Leprosy in India: report of the Leprosy Commission in India, 1890-91
Year: 1890
Disease focus: Leprosy
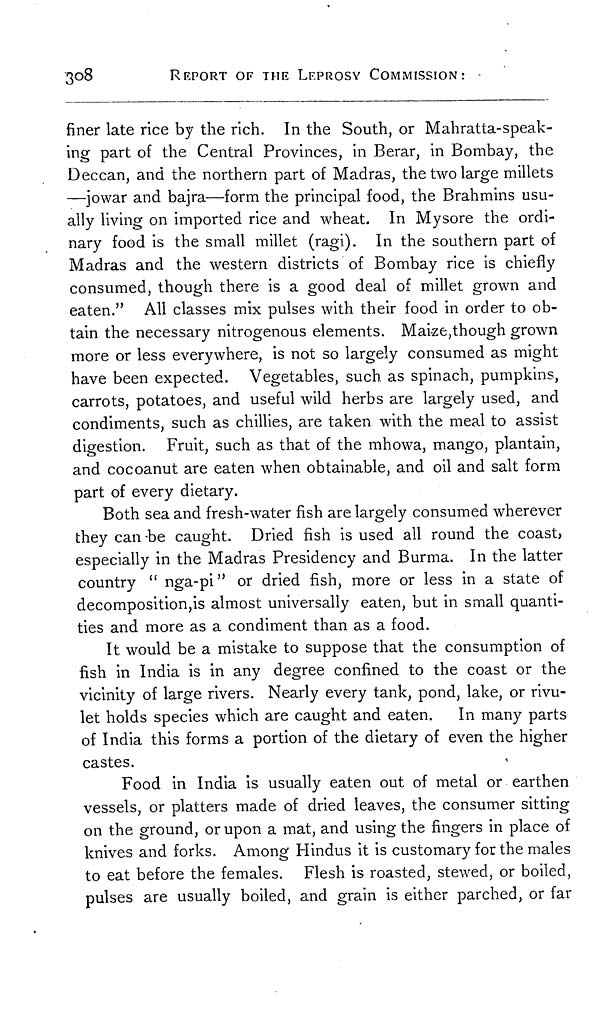
308
REPORT OF THE LEPROSY COMMISSION:
finer late rice by the rich. In the South, or Mahratta-speak-
ing part of the Central Provinces, in Berar, in Bombay, the
Deccan, and the northern part of Madras, the two large millets
—jowar and bajra—form the principal food, the Brahmins usu-
ally living on imported rice and wheat. In Mysore the ordi-
nary food is the small millet (ragi). In the southern part of
Madras and the western districts of Bombay rice is chiefly
consumed, though there is a good deal of millet grown and
eaten." All classes mix pulses with their food in order to ob-
tain the necessary nitrogenous elements. Maize, though grown
more or less everywhere, is not so largely consumed as might
have been expected. Vegetables, such as spinach, pumpkins,
carrots, potatoes, and useful wild herbs are largely used, and
condiments, such as chillies, are taken with the meal to assist
digestion. Fruit, such as that of the mhowa, mango, plantain,
and cocoanut are eaten when obtainable, and oil and salt form
part of every dietary.
Both sea and fresh-water fish are largely consumed wherever
they can be caught. Dried fish is used all round the coast>
especially in the Madras Presidency and Burma. In the latter
country " nga-pi " or dried fish, more or less in a state of
decomposition, is almost universally eaten, but in small quanti-
ties and more as a condiment than as a food.
It would be a mistake to suppose that the consumption of
fish in India is in any degree confined to the coast or the
vicinity of large rivers. Nearly every tank, pond, lake, or rivu-
let holds species which are caught and eaten. In many parts
of India this forms a portion of the dietary of even the higher
castes.
Food in India is usually eaten out of metal or earthen
vessels, or platters made of dried leaves, the consumer sitting
on the ground, or upon a mat, and using the fingers in place of
knives and forks. Among Hindus it is customary for the males
to eat before the females. Flesh is roasted, stewed, or boiled,
pulses are usually boiled, and grain is either parched, or far